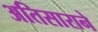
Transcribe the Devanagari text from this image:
अतिसाराने